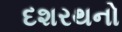
દશરથનો